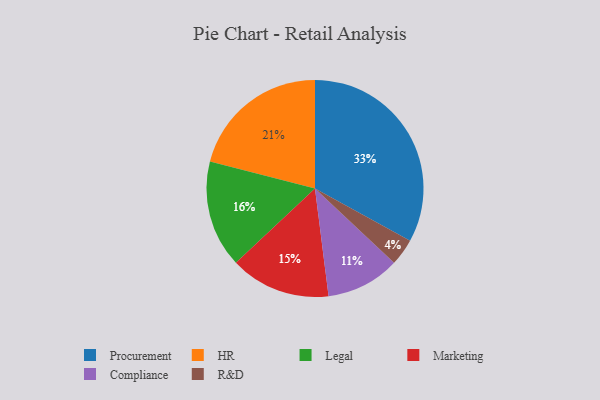
{"axis": {"x": "Category", "y": "Percentage"}, "legend": ["Compliance", "HR", "Legal", "Marketing", "Procurement", "R&D"], "data": [{"x": "R&D", "y": 4, "type": "R&D"}, {"x": "Marketing", "y": 15, "type": "Marketing"}, {"x": "Procurement", "y": 33, "type": "Procurement"}, {"x": "Compliance", "y": 11, "type": "Compliance"}, {"x": "Legal", "y": 16, "type": "Legal"}, {"x": "HR", "y": 21, "type": "HR"}]}